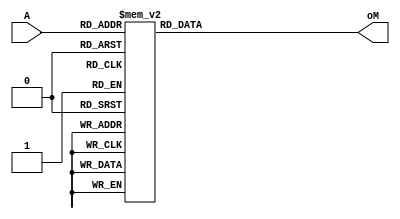
module counter_Hexa (
input [3:0]A,
output reg[6:0]oM

);
//*Cuerpo del codigo*//



always @ (*)

begin
case (A)

4'h0:
 oM = 7'b1000000;//*Hexadecimal 0*//
4'h1:
	oM = 7'b1111001;//*Hexadecimal 1*//
4'd2:
	oM = 7'b0100100;//*Hexadecimal 2*//
4'h3:
	oM = 7'b0110000;//*Hexadecimal 3*//
4'h4:
	oM = 7'b0011001;//*Hexadecimal 4*//
4'h5:
	oM = 7'b0010010;//*Hexadecimal 5*//
4'h6:
	oM = 7'b0000010;//*Hexadecimal 6*//
4'h7:
	oM = 7'b1111000;//*Hexadecimal 7*//
4'h8:
	oM = 7'b0000000;//*Hexadecimal 8*//
4'd9:
	oM = 7'b0011000;//*Hexadecimal 9*//
4'd10:
	oM = 7'b0001000;//*Hexadecimal A*//
4'd11:
	oM = 7'b0000011;//*Hexadecimal B*//
4'd12:
	oM = 7'b1000110;//*Hexadecimal C*//
4'd13:
	oM = 7'b0100001;//*Hexadecimal D*//
4'd14:
	oM = 7'b0000110;//*Hexadecimal E*//
4'd15:
	oM = 7'b0001110;//*Hexadecimal F*//

endcase

end


endmodule